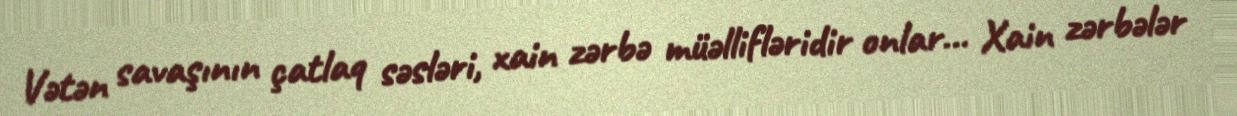
Vətən savaşının çatlaq səsləri, xain zərbə müəllifləridir onlar… Xain zərbələr